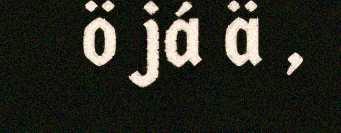
ö já ä ,